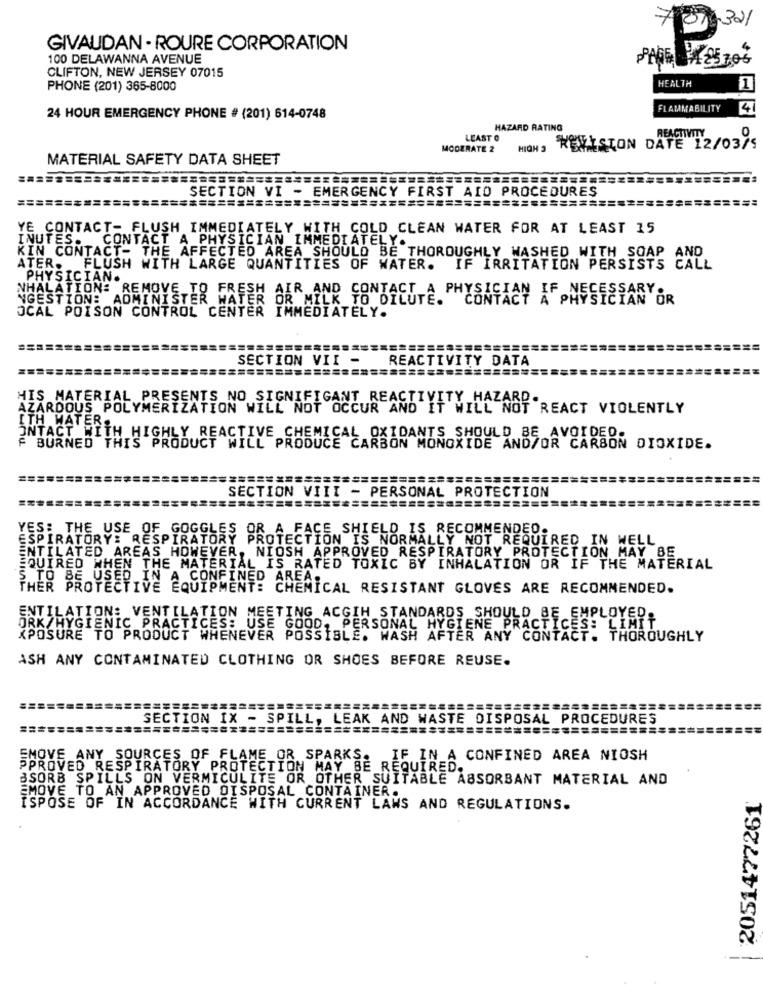
701,321
GIVAUDAN - ROURE CORPORATION
100 DELAWANNA AVENUE
CLIFTON, NEW JERSEY 07015
PHONE (201) 365-8000
HEALTH
1
FLAMMABILITY
4
24 HOUR EMERGENCY PHONE # (201) 614-0748
HAZARD RATING
LEAST O
C HDIH
REACTIVITY
MODERATE 2
REVISION DATE 12/03/5
MATERIAL SAFETY DATA SHEET
SECTION VI - EMERGENCY FIRST AID PROCEDURES
YE CONTACT- FLUSH IMMEDIATELY WITH COLD CLEAN WATER FOR AT LEAST 15
INUTES. CONTACT A PHYSICIAN IMMEDIATELY.
KIN CONTACT- THE AFFECTED AREA SHOULD BE THOROUGHLY WASHED WITH SOAP AND
ATER. FLUSH WITH LARGE QUANTITIES OF WATER. IF IRRITATION PERSISTS CALL
PHYSICIAN.
NHALATION: REMOVE TO FRESH AIR AND CONTACT A PHYSICIAN IF NECESSARY.
NGESTION: ADMINISTER WATER OR MILK TO DILUTE. CONTACT A PHYSICIAN OR
OCAL POISON CONTROL CENTER IMMEDIATELY.
SECTION VII -
REACTIVITY DATA
HIS MATERIAL PRESENTS NO SIGNIFICANT REACTIVITY HAZARD.
AZARDOUS POLYMERIZATION WILL NOT OCCUR AND IT WILL NOT REACT VIOLENTLY
ITH WATER.
ONTACT WITH HIGHLY REACTIVE CHEMICAL OXIDANTS SHOULD BE AVOIDED.
F BURNED THIS PRODUCT WILL PRODUCE CARBON MONOXIDE AND/OR CARBON DIOXIDE.
======
SECTION VIII - PERSONAL PROTECTION
YES: THE USE OF GOGGLES OR A FACE SHIELD IS RECOMMENDED.
ESPIRATORY: RESPIRATORY PROTECTION IS NORMALLY NOT REQUIRED IN WELL
ENTILATED AREAS HOWEVER, NIOSH APPROVED RESPIRATORY PROTECTION MAY BE
SQUIRED WHEN THE MATERIAL IS RATED TOXIC BY INHALATION OR IF THE MATERIAL
S TO BE USED IN A CONFINED AREA:
THER PROTECTIVE EQUIPMENT: CHEMICAL RESISTANT GLOVES ARE RECOMMENDED.
ENTILATION: VENTILATION MEETING ACGIH STANDARDS SHOULD BE EMPLOYED.
ORK/HYGIENIC PRACTICES: USE GOOD, PERSONAL HYGIENE PRACTICES: LIMIT
XPOSURE TO PRODUCT WHENEVER POSSIBLE. WASH AFTER ANY CONTACT. THOROUGHLY
ASH ANY CONTAMINATED CLOTHING OR SHOES BEFORE REUSE.
SECTION IX - SPILL, LEAK AND WASTE DISPOSAL PROCEDURES
EMOVE ANY SOURCES OF FLAME OR SPARKS. IF IN A CONFINED AREA NIOSH
PPROVED RESPIRATORY PROTECTION MAY BE REQUIRED.
BSORB SPILLS ON VERMICULITE OR OTHER SUITABLE ABSORBANT MATERIAL AND
EMOVE TO AN APPROVED DISPOSAL CONTAINER.
2051477261
ISPOSE OF IN ACCORDANCE WITH CURRENT LAWS AND REGULATIONS.